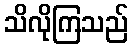
သိလိုကြသည်